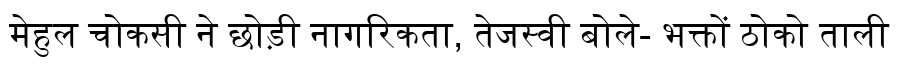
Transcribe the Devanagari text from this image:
मेहुल चोकसी ने छोड़ी नागरिकता, तेजस्वी बोले- भक्तों ठोको ताली